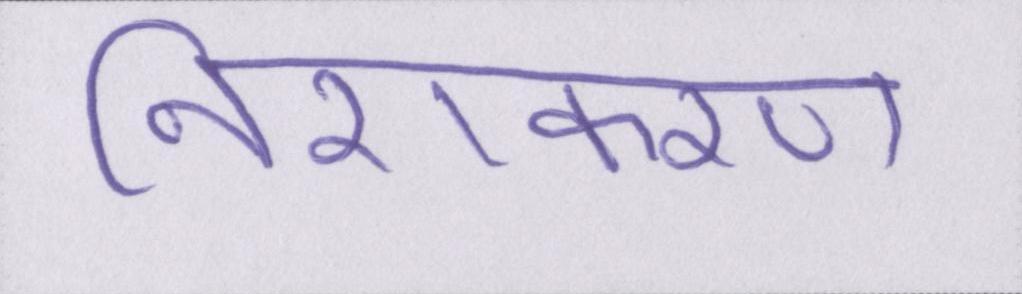
निराकरण